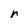
Character: r